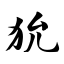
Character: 狁